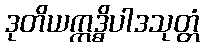
ဒုတိယဣဒ္ဓိပါဒသုတ္တံ